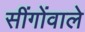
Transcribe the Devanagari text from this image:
सींगोंवाले